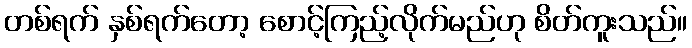
တစ်ရက် နှစ်ရက်တော့ စောင့်ကြည့်လိုက်မည်ဟု စိတ်ကူးသည်။